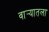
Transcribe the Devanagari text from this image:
वार्‍यातला